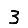
Digit: 3